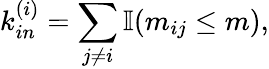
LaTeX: k_{in}^{(i)}=\sum_{j\neq i}\mathbb{I}(m_{ij}\leq m),